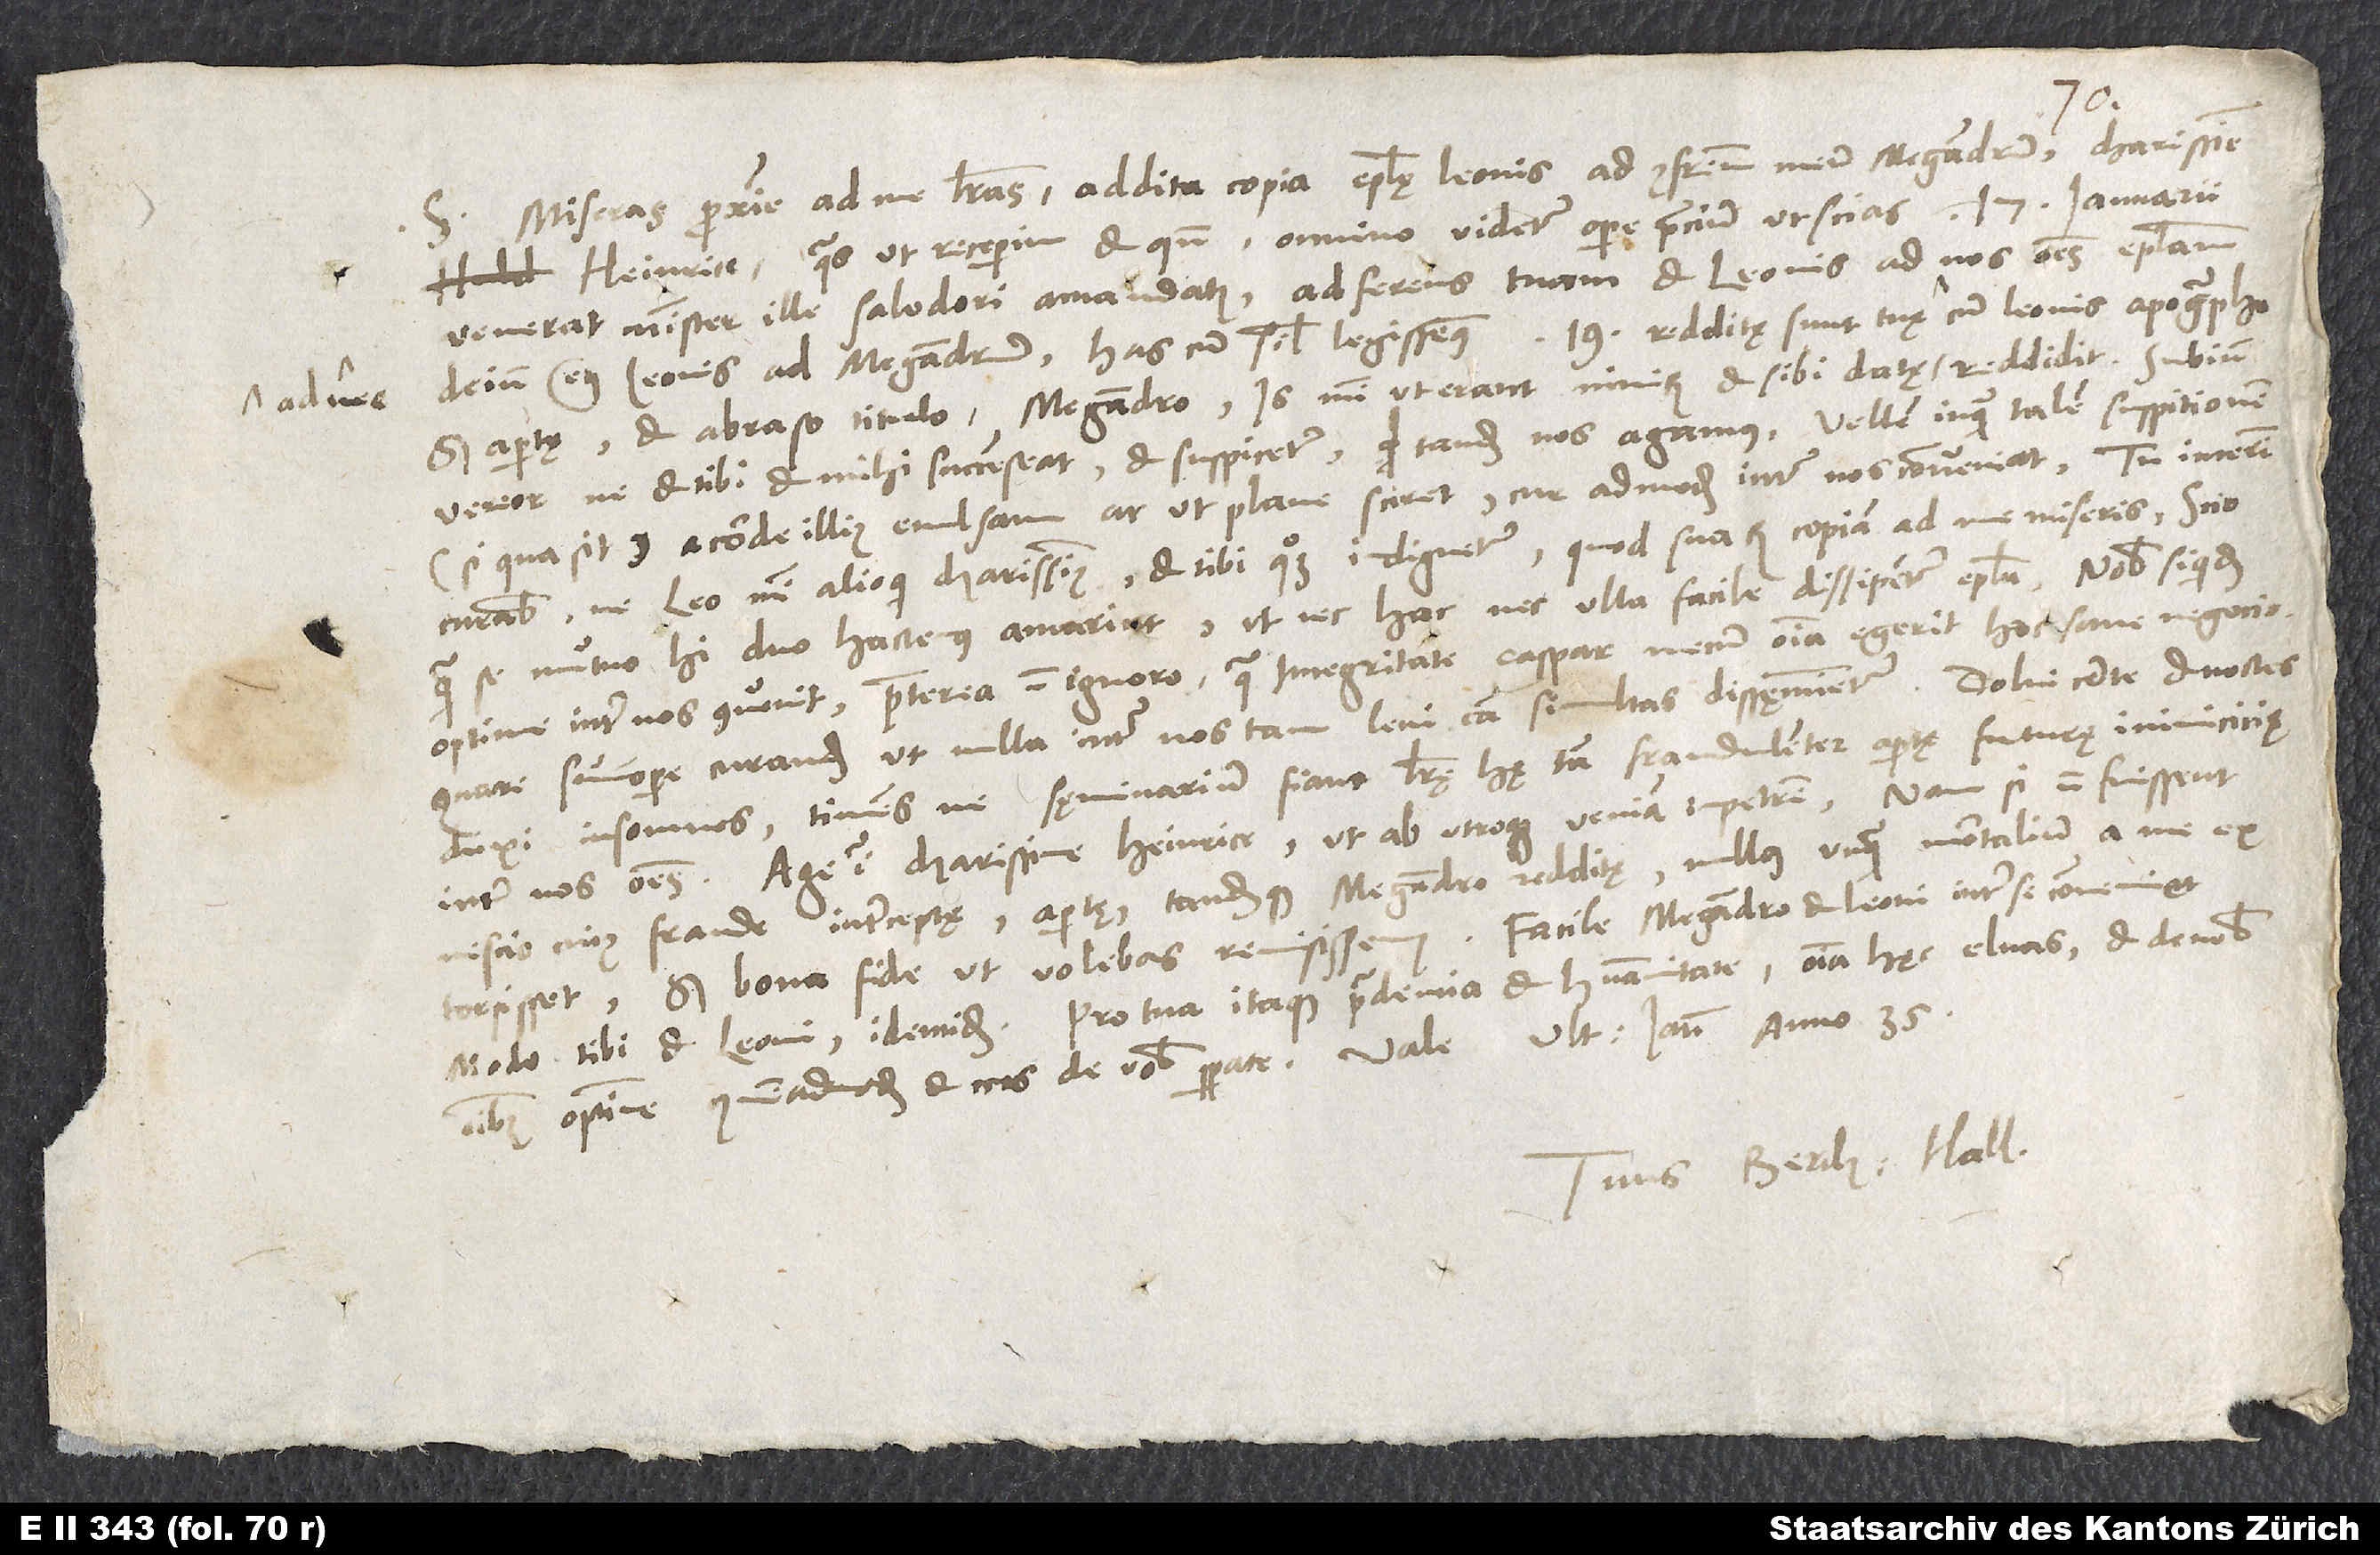
S. Miseras proxime ad me literas addita copia epistolę Leonis ad confratrem meum Megandrum, charissime
Heinrice, quas ut receperim et quando, omnino videtur opere pretium ut scias. 17. ianuarii
venerat minister ille Salodori amandatus adferens tuam et Leonis ad nos omnes epistolam,
deinde etiam Leonis ad Megandrum. Has cum simul legissemus, 19. redditę sunt tuę ad me cum Leonis apographo,
sed apertę et abraso titulo Megandro. Is mihi, ut erant nimirum et sibi datę, reddidit. Subinde
vereor, ne et tibi et mihi succenseat et suspicetur, quid tandem nos agamus. Vellem, inquam, talem suspitionem
(si qua sit) a corde illius evulsam ac ut plane sciret, cur admodum inter nos conveniat. Tu interim
curabis, ne Leo - mihi alioqui charissimus - et tibi quoque indignetur, quod suarum copiam ad me miseris. Scio,
quam se mutuo hi duo hactenus amarint, ut nec hac nec ulla facile dissipentur epistola, nobis siquidem
optime inter nos convenit. Praeterea non ignoro, qua integritate Caspar mecum omnia egerit hoc sane negocio.
Quare summopere curandum, ut nulla inter nos tam levi causa simultas dissęminetur. Dolui certe et noctes
duxi insomnes timens, ne sęminarium fiant literae hae tam fraudulenter apertę futurae inimicicię
inter nos omnes. Age igitur, charissime Heinrice, ut ab utroque veniam impetrem. Nam si non fuissent
nescio cuius fraude interceptę, apertae tandemque Megandro redditę, nullus unquam mortalium a me
extorsisset, sed bona fide, ut volebas, remisissem. Facile Megandro et Leoni inter se conveniet,
modo tibi et Leoni identidem. Pro tua itaque prudentia et humanitate omnia hęc eluas, et de nobis
omnibus optime quemadmodum et nos de vobis sperate.
Tuus Berch. Hall.